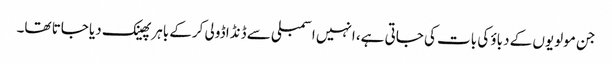
جن مولویوں کے دباؤ کی بات کی جاتی ہے، انہیں اسمبلی سے ڈنڈا ڈولی کرکے باہر پھینک دیا جاتا تھا۔